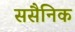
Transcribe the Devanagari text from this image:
ससैनिक